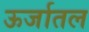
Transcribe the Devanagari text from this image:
ऊर्जातल